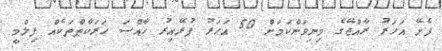
ފެށޭ އަހަރު ރާއްޖޭގެ މިނިވަންކަމަށް 50 އަހަރު ފުރޭއިރު ހާއްސަ ހަރަކާތްތަކެއް ފިލްމީ